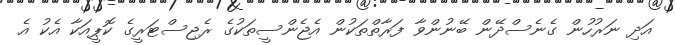
އަދި ނަރުހުން ގެނެސްދޭން ބޭނުންވާ ފަރާތްތަކުން އެޖެންސީތަކުގެ ރެޖިސްޓަރީގެ ކޮޕީއަކާ އެކު އެ